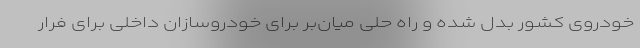
خودروی کشور بدل شده و راه حلی میان‌بر برای خودروسازان داخلی برای فرار